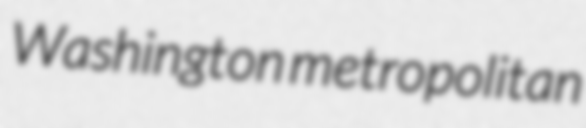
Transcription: Washington metropolitan